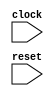
module AsyncResetTester(
  input   clock,
  input   reset
);
`ifdef RANDOMIZE_REG_INIT
  reg [31:0] _RAND_0;
  reg [31:0] _RAND_1;
  reg [31:0] _RAND_2;
  reg [31:0] _RAND_3;
`endif // RANDOMIZE_REG_INIT
  reg [1:0] cDiv_value; // @[Counter.scala 60:40]
  wire [1:0] _cDiv_wrap_value_T_1 = cDiv_value + 2'h1; // @[Counter.scala 76:24]
  wire  slowClk = cDiv_value == 2'h3; // @[AsyncResetSpec.scala 14:22]
  reg [3:0] count; // @[Counter.scala 60:40]
  wire  wrap_wrap = count == 4'hf; // @[Counter.scala 72:24]
  wire [3:0] _wrap_value_T_1 = count + 4'h1; // @[Counter.scala 76:24]
  reg  asyncResetNext; // @[AsyncResetSpec.scala 18:31]
  reg [7:0] reg_; // @[AsyncResetSpec.scala 23:12]
  wire  _T = count == 4'h3; // @[AsyncResetSpec.scala 27:15]
  wire  _T_4 = ~(reg_ == 8'h5 | reset); // @[AsyncResetSpec.scala 28:11]
  wire  _T_7 = count >= 4'h5 & count < 4'h7; // @[AsyncResetSpec.scala 30:22]
  wire  _T_12 = count >= 4'h7; // @[AsyncResetSpec.scala 32:22]
  always @(posedge clock) begin
    if (reset) begin // @[Counter.scala 60:40]
      cDiv_value <= 2'h0; // @[Counter.scala 60:40]
    end else begin
      cDiv_value <= _cDiv_wrap_value_T_1;
    end
    if (reset) begin // @[Counter.scala 60:40]
      count <= 4'h0; // @[Counter.scala 60:40]
    end else begin
      count <= _wrap_value_T_1;
    end
    if (reset) begin // @[AsyncResetSpec.scala 18:31]
      asyncResetNext <= 1'h0; // @[AsyncResetSpec.scala 18:31]
    end else begin
      asyncResetNext <= count == 4'h4; // @[AsyncResetSpec.scala 19:18]
    end
    `ifndef SYNTHESIS
    `ifdef PRINTF_COND
      if (`PRINTF_COND) begin
    `endif
        if (_T & ~(reg_ == 8'h5 | reset)) begin
          $fwrite(32'h80000002,"Assertion failed\n    at AsyncResetSpec.scala:28 assert(reg_ === 5.U)\n"); // @[AsyncResetSpec.scala 28:11]
        end
    `ifdef PRINTF_COND
      end
    `endif
    `endif // SYNTHESIS
    `ifndef SYNTHESIS
    `ifdef STOP_COND
      if (`STOP_COND) begin
    `endif
        if (_T & ~(reg_ == 8'h5 | reset)) begin
          $fatal; // @[AsyncResetSpec.scala 28:11]
        end
    `ifdef STOP_COND
      end
    `endif
    `endif // SYNTHESIS
    `ifndef SYNTHESIS
    `ifdef PRINTF_COND
      if (`PRINTF_COND) begin
    `endif
        if (_T_7 & ~(reg_ == 8'h7b | reset)) begin
          $fwrite(32'h80000002,"Assertion failed\n    at AsyncResetSpec.scala:31 assert(reg_ === 123.U)\n"); // @[AsyncResetSpec.scala 31:11]
        end
    `ifdef PRINTF_COND
      end
    `endif
    `endif // SYNTHESIS
    `ifndef SYNTHESIS
    `ifdef STOP_COND
      if (`STOP_COND) begin
    `endif
        if (_T_7 & ~(reg_ == 8'h7b | reset)) begin
          $fatal; // @[AsyncResetSpec.scala 31:11]
        end
    `ifdef STOP_COND
      end
    `endif
    `endif // SYNTHESIS
    `ifndef SYNTHESIS
    `ifdef PRINTF_COND
      if (`PRINTF_COND) begin
    `endif
        if (~_T_7 & _T_12 & _T_4) begin
          $fwrite(32'h80000002,"Assertion failed\n    at AsyncResetSpec.scala:33 assert(reg_ === 5.U)\n"); // @[AsyncResetSpec.scala 33:11]
        end
    `ifdef PRINTF_COND
      end
    `endif
    `endif // SYNTHESIS
    `ifndef SYNTHESIS
    `ifdef STOP_COND
      if (`STOP_COND) begin
    `endif
        if (~_T_7 & _T_12 & _T_4) begin
          $fatal; // @[AsyncResetSpec.scala 33:11]
        end
    `ifdef STOP_COND
      end
    `endif
    `endif // SYNTHESIS
    `ifndef SYNTHESIS
    `ifdef STOP_COND
      if (`STOP_COND) begin
    `endif
        if (wrap_wrap & ~reset) begin
          $finish; // @[AsyncResetSpec.scala 37:9]
        end
    `ifdef STOP_COND
      end
    `endif
    `endif // SYNTHESIS
  end
  always @(posedge slowClk or posedge asyncResetNext) begin
    if (asyncResetNext) begin
      reg_ <= 8'h7b;
    end else begin
      reg_ <= 8'h5;
    end
  end
// Register and memory initialization
`ifdef RANDOMIZE_GARBAGE_ASSIGN
`define RANDOMIZE
`endif
`ifdef RANDOMIZE_INVALID_ASSIGN
`define RANDOMIZE
`endif
`ifdef RANDOMIZE_REG_INIT
`define RANDOMIZE
`endif
`ifdef RANDOMIZE_MEM_INIT
`define RANDOMIZE
`endif
`ifndef RANDOM
`define RANDOM $random
`endif
`ifdef RANDOMIZE_MEM_INIT
  integer initvar;
`endif
`ifndef SYNTHESIS
`ifdef FIRRTL_BEFORE_INITIAL
`FIRRTL_BEFORE_INITIAL
`endif
initial begin
  `ifdef RANDOMIZE
    `ifdef INIT_RANDOM
      `INIT_RANDOM
    `endif
    `ifndef VERILATOR
      `ifdef RANDOMIZE_DELAY
        #`RANDOMIZE_DELAY begin end
      `else
        #0.002 begin end
      `endif
    `endif
`ifdef RANDOMIZE_REG_INIT
  _RAND_0 = {1{`RANDOM}};
  cDiv_value = _RAND_0[1:0];
  _RAND_1 = {1{`RANDOM}};
  count = _RAND_1[3:0];
  _RAND_2 = {1{`RANDOM}};
  asyncResetNext = _RAND_2[0:0];
  _RAND_3 = {1{`RANDOM}};
  reg_ = _RAND_3[7:0];
`endif // RANDOMIZE_REG_INIT
  if (asyncResetNext) begin
    reg_ = 8'h7b;
  end
  `endif // RANDOMIZE
end // initial
`ifdef FIRRTL_AFTER_INITIAL
`FIRRTL_AFTER_INITIAL
`endif
`endif // SYNTHESIS
endmodule